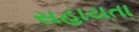
સહાયતા